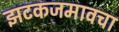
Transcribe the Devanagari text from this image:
झटकजमावचा